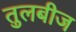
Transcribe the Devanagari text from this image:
तुलबीज